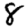
Digit: 8